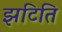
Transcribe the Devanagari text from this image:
झटिति